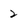
Character: 2